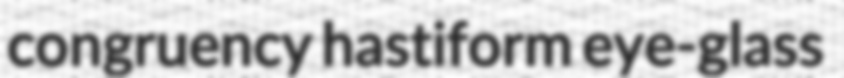
congruency hastiform eye-glass